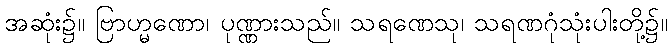
အဆုံး၌။ ဗြာဟ္မဏော၊ ပုဏ္ဏားသည်။ သရဏေသု၊ သရဏဂုံသုံးပါးတို့၌။